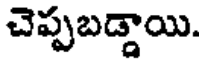
చెప్పబడ్డాయి.